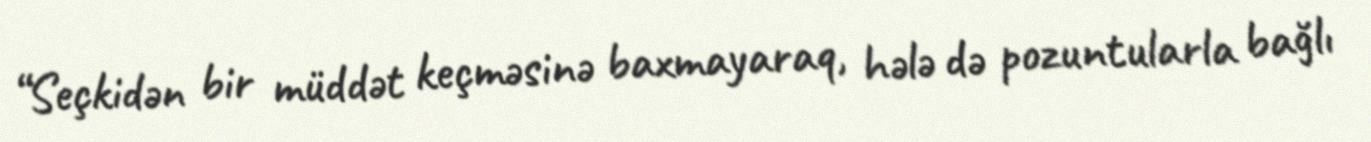
“Seçkidən bir müddət keçməsinə baxmayaraq, hələ də pozuntularla bağlı